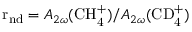
\mathrm { r _ { n d } } = A _ { 2 \omega } ( \mathrm { C H _ { 4 } ^ { + } } ) / A _ { 2 \omega } ( \mathrm { C D _ { 4 } ^ { + } } )